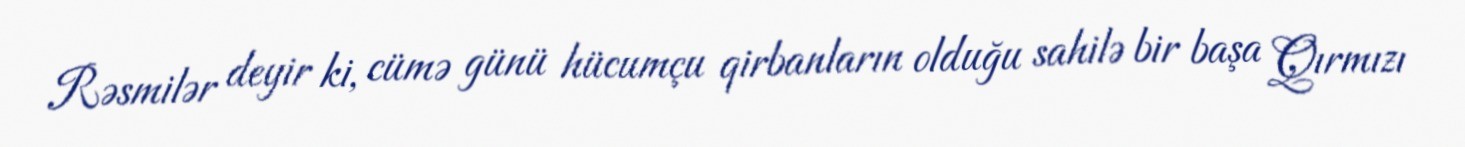
Rəsmilər deyir ki, cümə günü hücumçu qirbanların olduğu sahilə bir başa Qırmızı